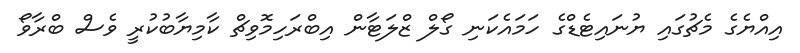
އިއްޔެގެ މެޗުގައި ޔުނައިޓެޑްގެ ހަމައެކަނި ގޯލް ޒްލަޓާން އިބްރަހިމޮވިޗް ކާމިޔާބުކުރީ ވެސް ބްރާވޯ